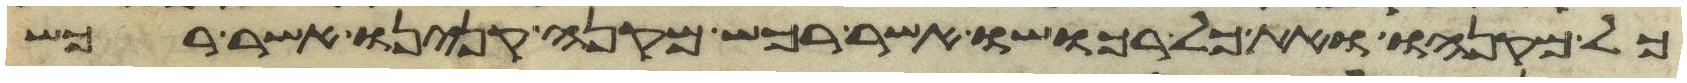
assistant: כל מקנהו ואת כל רכושו אשר רכש מקנה קנינו אשר רכש